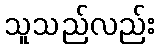
သူသည်လည်း